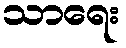
သာရေး